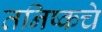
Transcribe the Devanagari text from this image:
तनिष्कचे